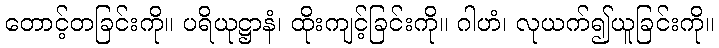
တောင့်တခြင်းကို။ ပရိယုဋ္ဌာနံ၊ ထိုးကျင့်ခြင်းကို။ ဂါဟံ၊ လုယက်၍ယူခြင်းကို။